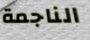
الناجمة